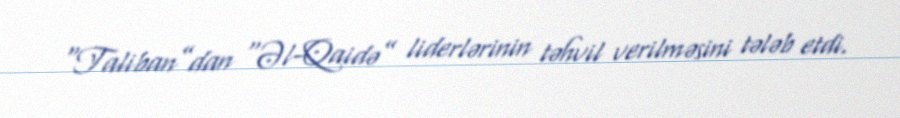
“Taliban”dan “Əl-Qaidə” liderlərinin təhvil verilməsini tələb etdi.